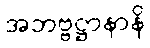
အဘဗ္ဗဋ္ဌာနာနိ